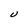
Character: U